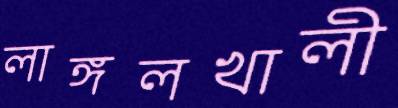
লাঙ্গলখালী